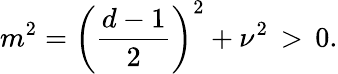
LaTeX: m^{2}=\left(\frac{d-1}{2}\right)^{2}+\nu^{2}\, >\, 0.